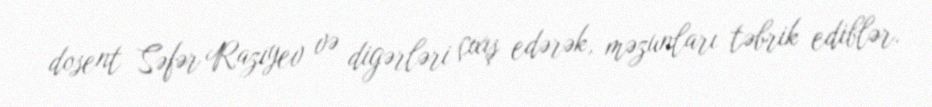
dosent Səfər Razıyev və digərləri çıxış edərək, məzunları təbrik ediblər.